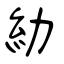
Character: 糼